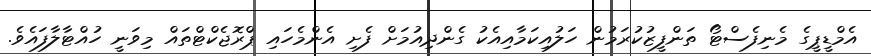
އެމްޑީޕީގެ މެނިފެސްޓޯ ތަންފީޒުކުރަމުން ހަލުއިކަމާއިއެކު ގެންދިއުމަށް ފެށި އެންމެހައި ޕްރޮޖެކްޓްތައް މިވަނީ ހުއްޓާލާފައެވެ.